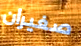
صغيران